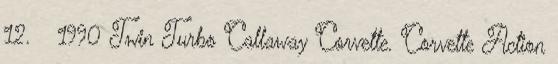
12. ↑ 1990 Twin Turbo Callaway Corvette. Corvette Action